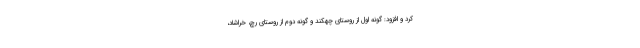
کرد و افزود: گونه اول از روستای چهکند و گونه دوم از روستای رچ، خراشاد،